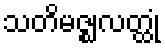
သတိမဇ္ဈလတ္ထုံ